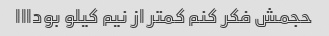
حجمش فکر کنم کمتر از نیم کیلو بودااا